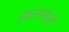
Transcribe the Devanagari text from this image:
प्रधानतेशी